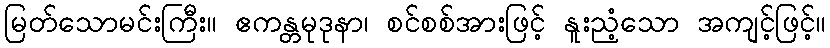
မြတ်သောမင်းကြီး။ ဧကန္တမုဒုနာ၊ စင်စစ်အားဖြင့် နူးညံ့သော အကျင့်ဖြင့်။